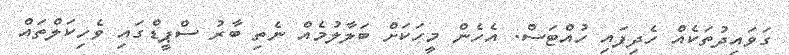
ގަވައިދުތަކެއް ހެދިފައި ހުއްޓަސް. އެހެން މީހަކަށް ބަލާލުމެއް ނެތި ބާރު ސްޕީޑްގައި ވެހިކަލްތައް